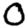
Digit: 0